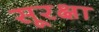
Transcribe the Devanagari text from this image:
सूरक्षा